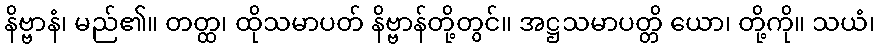
နိဗ္ဗာနံ၊ မည်၏။ တတ္ထ၊ ထိုသမာပတ် နိဗ္ဗာန်တို့တွင်။ အဋ္ဌသမာပတ္တိ ယော၊ တို့ကို။ သယံ၊